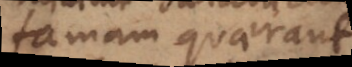
famam quaerant.